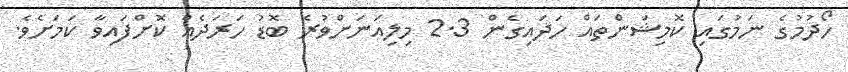
ހޯދުމުގެ ނަމުގައި ކޮމިޝަންތައް ހަދައިގެން 2.3 މިލިއަނަށްވުރެ ބޮޑު ހަރަދެއް ކޮށްފައިވާ ކަމަށެވެ.